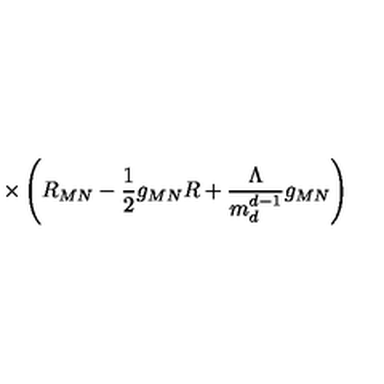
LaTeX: \times \left( R _ { M N } - \frac { 1 } { 2 } g _ { M N } R + \frac { \Lambda } { m _ { d } ^ { d - 1 } } g _ { M N } \right)